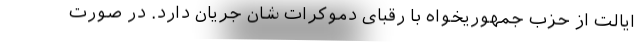
ایالت از حزب جمهوریخواه با رقبای دموکرات شان جریان دارد. در صورت